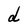
Character: d